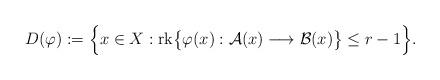
LaTeX: \begin{align*}D(\varphi):=\Bigl\{x\in X: \mathrm{rk } \bigl\{\varphi(x): \mathcal A(x)\longrightarrow \mathcal B(x)\bigr\} \le r-1\Bigr\}.\end{align*}